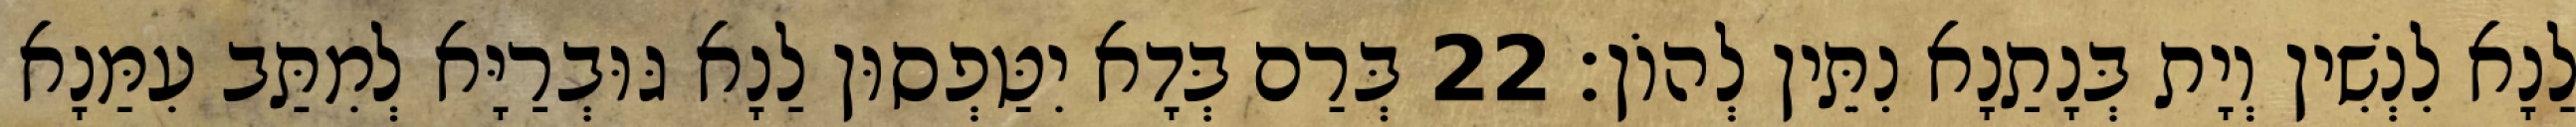
לַנָא לִנְשִׁין וְיָת בְּנָתַנָא נִתֵּין לְהוֹן׃ 22 בְּרַם בְּדָא יִטַּפְסוּן לַנָא גּוּבְרַיָּא לְמִתַּב עִמַּנָא